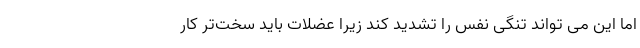
اما این می تواند تنگی نفس را تشدید کند زیرا عضلات باید سخت‌تر کار